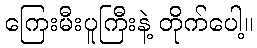
ကြေးမီးပူကြီးနဲ့ တိုက်ပေါ့။